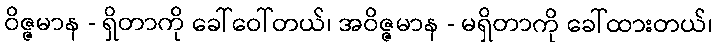
ဝိဇ္ဇမာန - ရှိတာကို ခေါ်ဝေါ်တယ်၊ အဝိဇ္ဇမာန - မရှိတာကို ခေါ်ထားတယ်၊